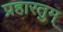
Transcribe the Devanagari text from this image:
प्रहारतुम्